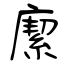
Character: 緳